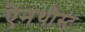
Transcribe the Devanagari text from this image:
ऐनथीस्ट